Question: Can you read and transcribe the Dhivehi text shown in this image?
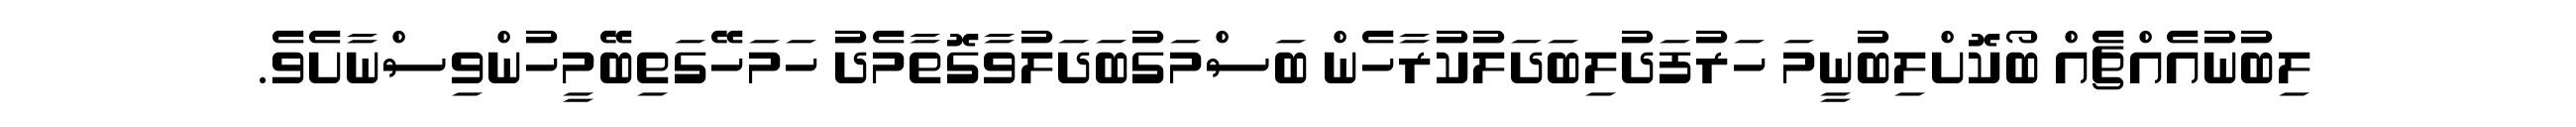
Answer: ލިބުނުއެއްޗެއް ބޯކޮށްލިބުނީމަ ހަރުފަދުލިބަދަލުކުރާހެން ބަސްމަގުބަދަލުވާގޮތާމެދު ހަމަހޭގަތިބޭމީހުންވިސްނާށެވެ.